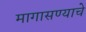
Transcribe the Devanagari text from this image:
मागासण्याचे